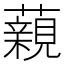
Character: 藽